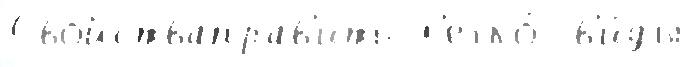
Свойстваправ'ить л'егко́  в'и́ды